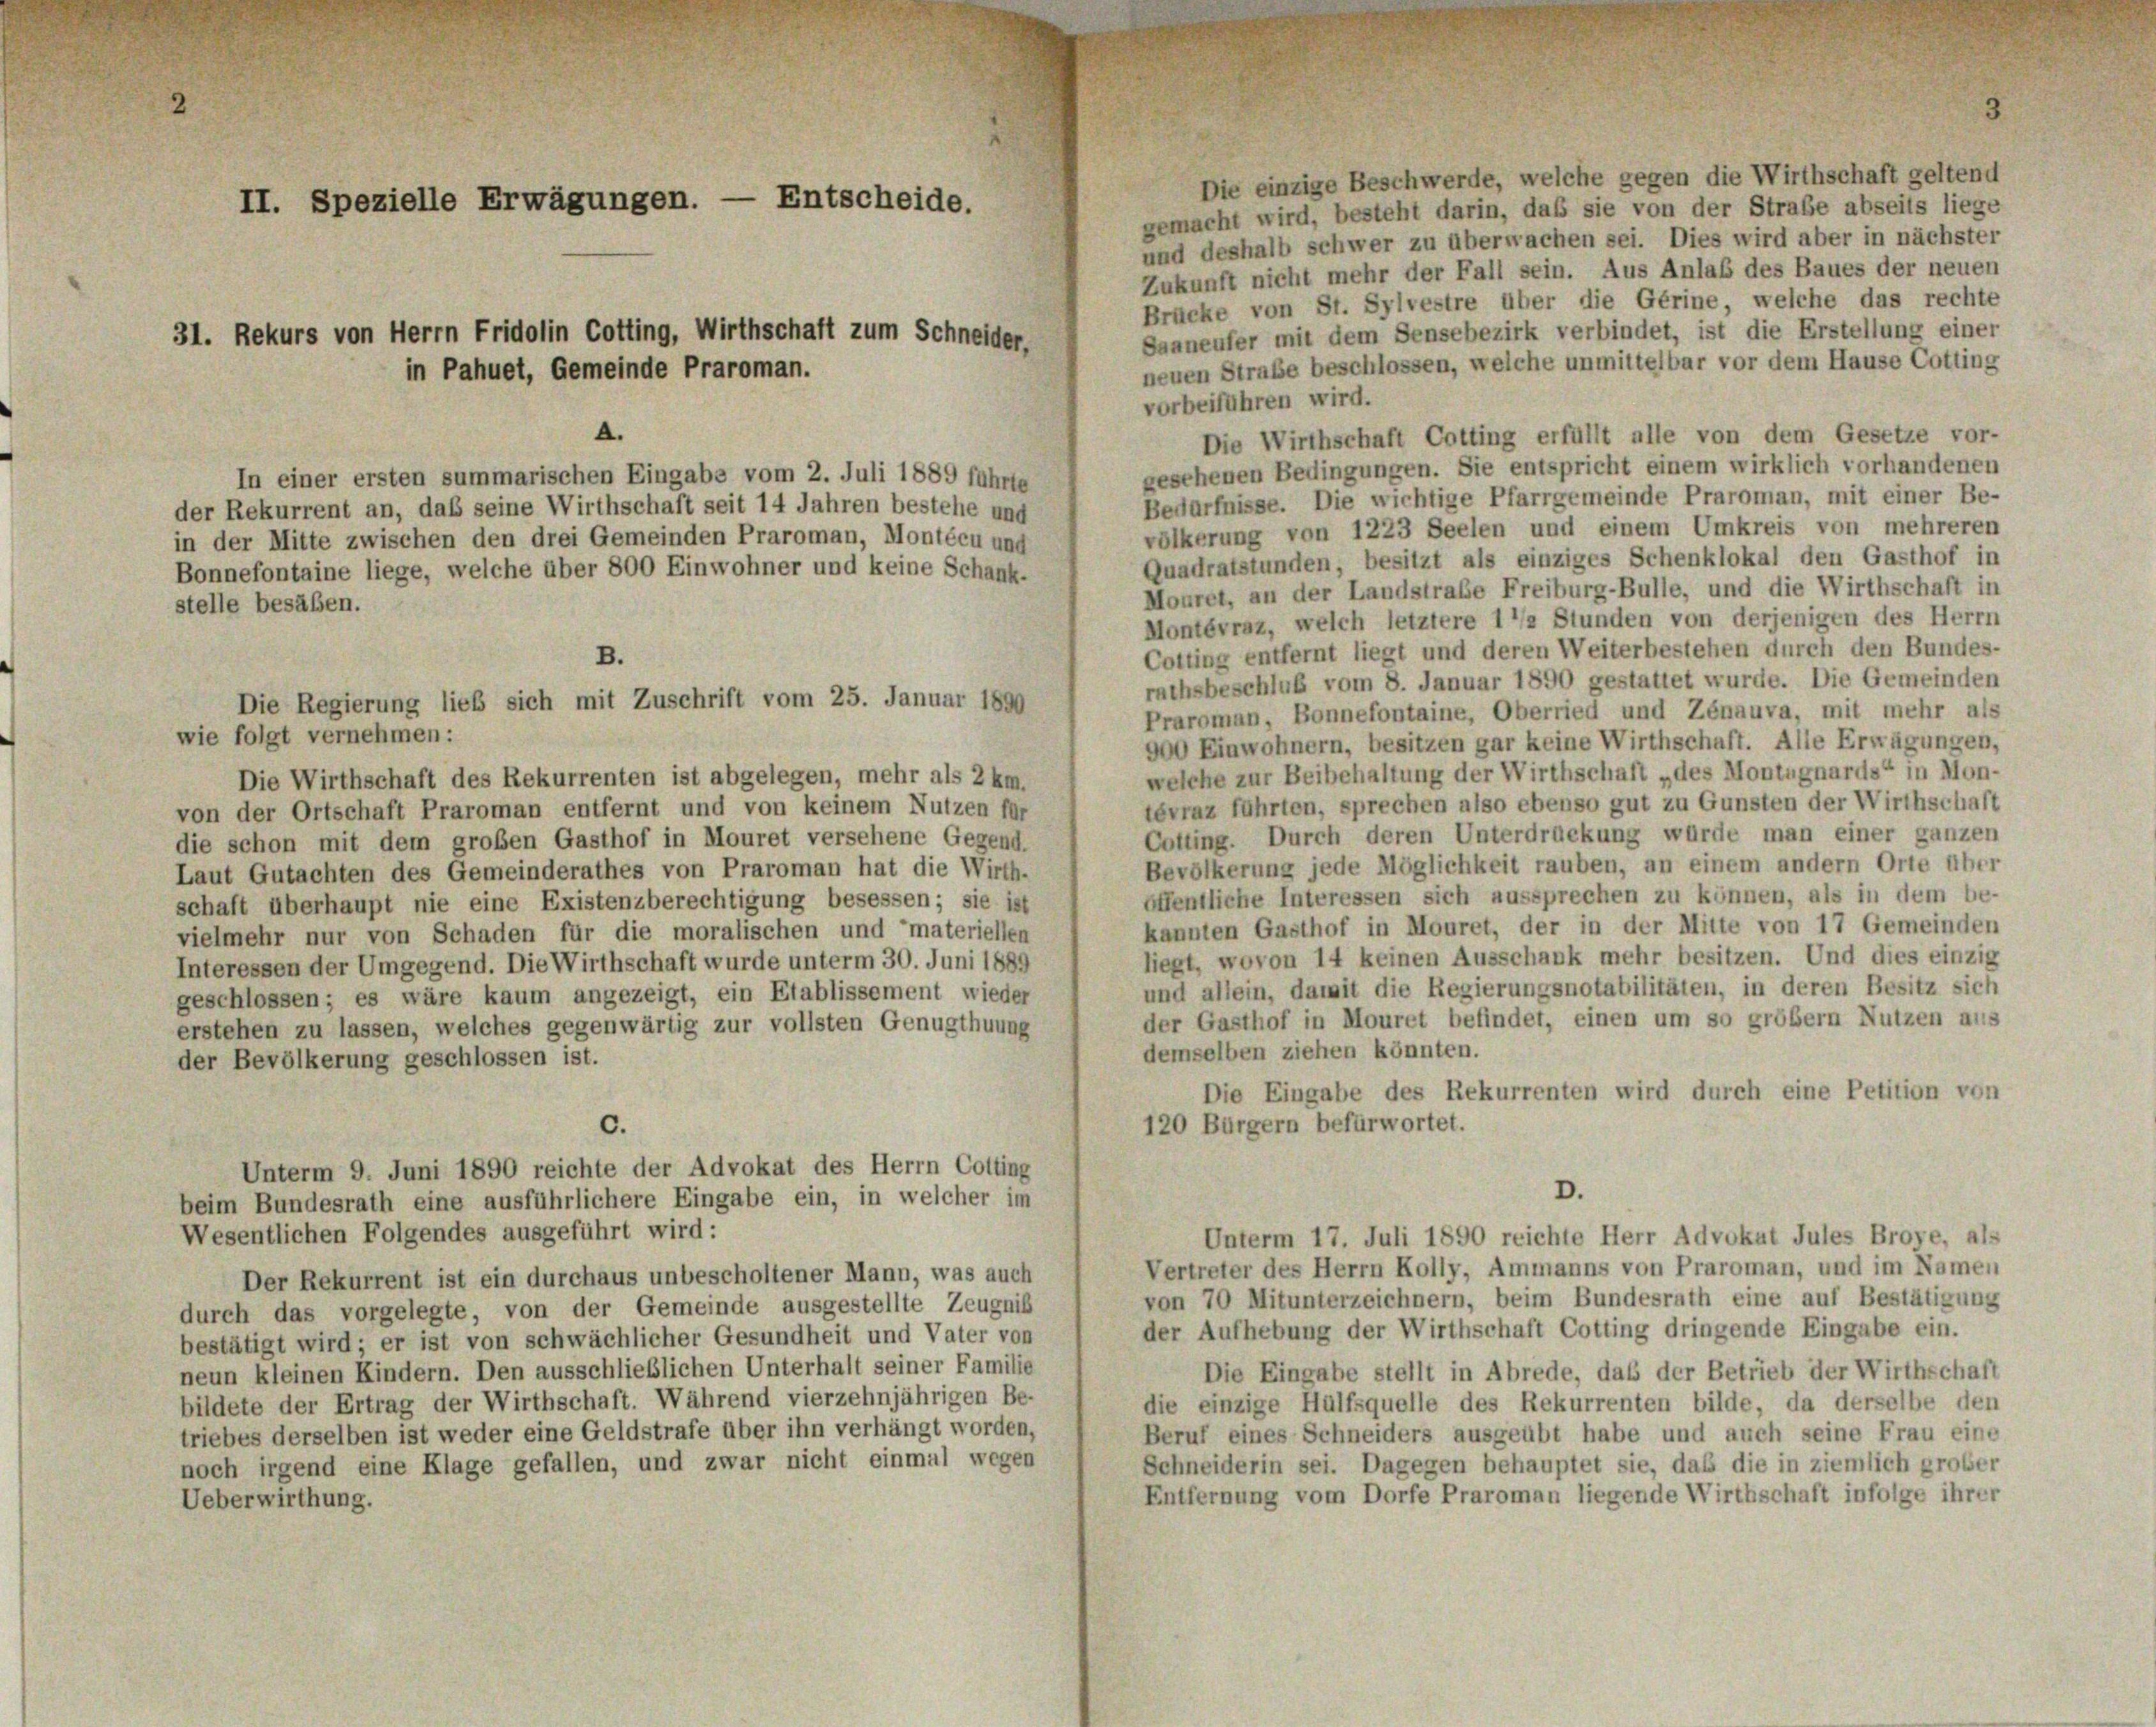
Die einzige Beschwerde, welche gegen die Wirthschaft geltend
gemacht wird, besteht darin, daß sie von der Straße abseits liege
und deshalb schwer zu überwachen sei. Dies wird aber in nächster
Zukunft nicht mehr der Fall sein. Aus Anlaß des Baues der neuen
Brücke von St. Sylvestre über die Gerine, welche das rechte
Saaneufer mit dem Sensebezirk verbindet, ist die Erstellung einer
neuen Straße beschlossen, welche unmittelbar vor dem Hause Cotting
vorbeiführen wird.
A.
Die Wirthschaft Cotting erfüllt alle von dem Gesetze vor-
gesehenen Bedingungen. Sie entspricht einem wirklich vorhandenen
In einer ersten summarischen Eingabe vom 2. Juli 1889 führte
Bedürfnisse. Die wichtige Pfarrgemeinde Praroman, mit einer Be-
der Rekurrent an, daß seine Wirthschaft seit 14 Jahren bestehe und
völkerung von 1223 Seelen und einem Umkreis von mehreren
in der Mitte zwischen den drei Gemeinden Praroman, Montécu und
Quadratstunden, besitzt als einziges Schenklokal den Gasthof in
Bonnefontaine liege, welche über 800 Einwohner und keine Schank-
Mouret, an der Landstraße Freiburg-Bulle, und die Wirthschaft in
stelle besäßen.
Montévraz, welch letztere 1 1/2 Stunden von derjenigen des Herrn
Cotting entfernt liegt und deren Weiterbestehen durch den Bundes-
rathsbeschluß vom 8. Januar 1890 gestattet wurde. Die Gemeinden
Praroman, Bonnefontaine, Oberried und Zénauva, mit mehr als
wie folgt vernehmen:
900 Einwohnern, besitzen gar keine Wirthschaft. Alle Erwägungen,
welche zur Beibehaltung der Wirthschaft „des Montugnards“ in Mon-
Die Wirthschaft des Rekurrenten ist abgelegen, mehr als 2 km.
tévraz führten, sprechen also ebenso gut zu Gunsten der Wirthschaft
von der Ortschaft Praroman entfernt und von keinem Nutzen für
Cotting. Durch deren Unterdrückung würde man einer ganzen
die schon mit dem großen Gasthof in Mouret versehene Gegend.
Bevölkerung jede Möglichkeit rauben, an einem andern Orte über
Laut Gutachten des Gemeinderathes von Praroman hat die Wirth-
öffentliche Interessen sich aussprechen zu können, als in dem be-
schaft überhaupt nie eine Existenzberechtigung besessen; sie ist
kannten Gasthof in Mouret, der in der Mitte von 17 Gemeinden
vielmehr nur von Schaden für die moralischen und materiellen
liegt, wovon 14 keinen Ausschank mehr besitzen. Und dies einzig
Interessen der Umgegend. Die Wirthschaft wurde unterm 30. Juni 1889
und allein, damit die Regierungsnotabilitäten, in deren Besitz sich
geschlossen; es wäre kaum angezeigt, ein Etablissement wieder
der Gasthof in Mouret befindet, einen um so größern Nutzen aus
erstehen zu lassen, welches gegenwärtig zur vollsten Genugthuung
demselben ziehen könnten.
der Bevölkerung geschlossen ist.
Die Eingabe des Rekurrenten wird durch eine Petition von
120 Bürgern befürwortet.
c.
Unterm 9. Juni 1890 reichte der Advokat des Herrn Cotting
D.
beim Bundesrath eine ausführlichere Eingabe ein, in welcher im
Wesentlichen Folgendes ausgeführt wird:
Unterm 17. Juli 1890 reichte Herr Advokat Jules Broye, als
Vertreter des Herrn Kolly, Ammanns von Praroman, und im Namen
Der Rekurrent ist ein durchaus unbescholtener Mann, was auch
von 70 Mitunterzeichnern, beim Bundesrath eine auf Bestätigung
durch das vorgelegte, von der Gemeinde ausgestellte Zeugniß
der Aufhebung der Wirthschaft Cotting dringende Eingabe ein.
bestätigt wird; er ist von schwächlicher Gesundheit und Vater von
neun kleinen Kindern. Den ausschließlichen Unterhalt seiner Familie
Die Eingabe stellt in Abrede, das der Betrieb der Wirthschaft
bildete der Ertrag der Wirthschaft. Während vierzehnjährigen Be-
die einzige Hülfsquelle des Rekurrenten bilde, da derselbe den
triebes derselben ist weder eine Geldstrafe über ihn verhängt worden,
Beruf eines Schneiders ausgeübt habe und auch seine Frau eine
noch irgend eine Klage gefallen, und zwar nicht einmal wegen
Schneiderin sei. Dagegen behauptet sie, daß die in ziemlich grober
Entfernung vom Dorfe Praroman liegende Wirthschaft infolge ihrer
Ueberwirthung.

II. Spezielle Erwägungen. — Entscheide.

31. Rekurs von Herrn Fridolin Cotting, Wirthschaft zum Schneider,
in Pahuet, Gemeinde Praroman.

B.
Die Regierung lieb sich mit Zuschrift vom 25. Januar 1890